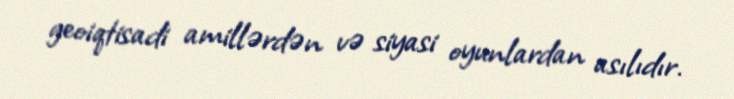
geoiqtisadi amillərdən və siyasi oyunlardan asılıdır.